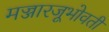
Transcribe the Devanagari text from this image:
मज्जारजूभोवती